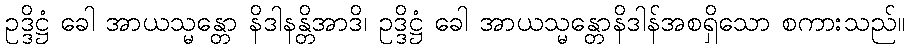
ဥဒ္ဒိဋ္ဌံ ခေါ အာယသ္မန္တော နိဒါနန္တိအာဒိ၊ ဥဒ္ဒိဋ္ဌံ ခေါ အာယသ္မန္တောနိဒါန်အစရှိသော စကားသည်။